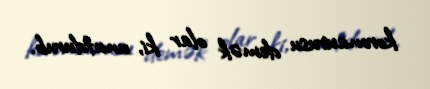
koronavirusu demək olar ki, unutdurub.